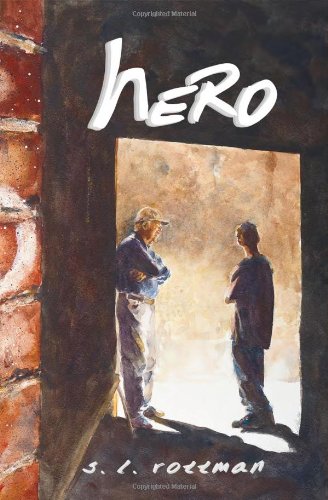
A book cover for Hero; S. L. Rottman; Romance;